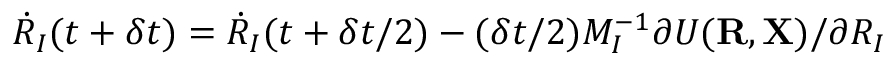
{ \dot { R } } _ { I } ( t + \delta t ) = { \dot { R } } _ { I } ( t + \delta t / 2 ) - ( \delta t / 2 ) M _ { I } ^ { - 1 } \partial { \cal U } ( { \bf R } , { \bf X } ) / \partial R _ { I }